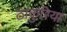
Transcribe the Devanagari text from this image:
ठाकुरिया